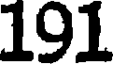
191